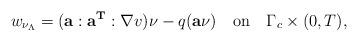
LaTeX: \begin{align*}w_{\nu_\Lambda}=(\mathbf{a}:\mathbf{a}^{\mathbf{T}}:\nabla v)\nu-q(\mathbf{a}\nu)\quad\mbox{on}\quad\Gamma_c\times(0,T),\end{align*}